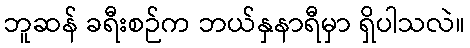
ဘူဆန် ခရီးစဉ်က ဘယ်နှနာရီမှာ ရှိပါသလဲ။